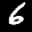
Label: 6